画像に写った文字を読んでください
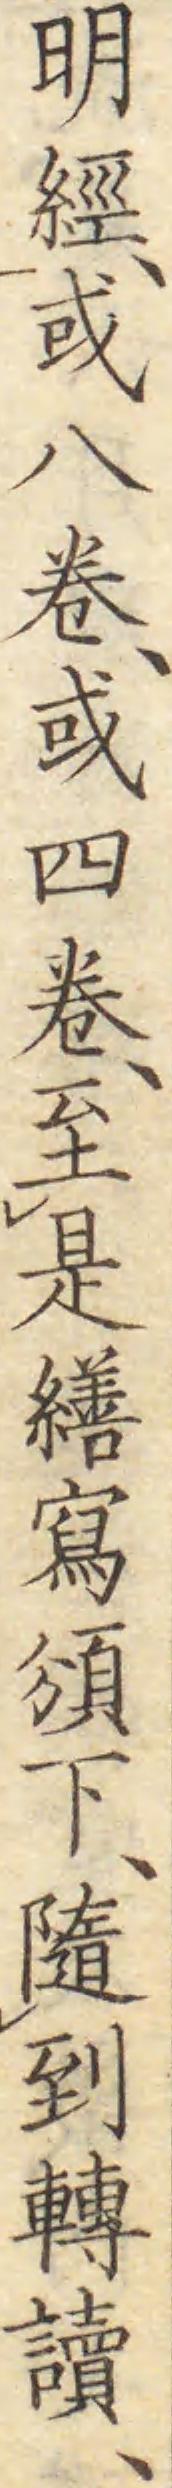
「明經、或ハ卷、或四卷、至是繕寫頒下、隨到轉讀、」と書いてあります